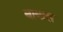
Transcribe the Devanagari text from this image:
बाबास